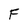
Character: F